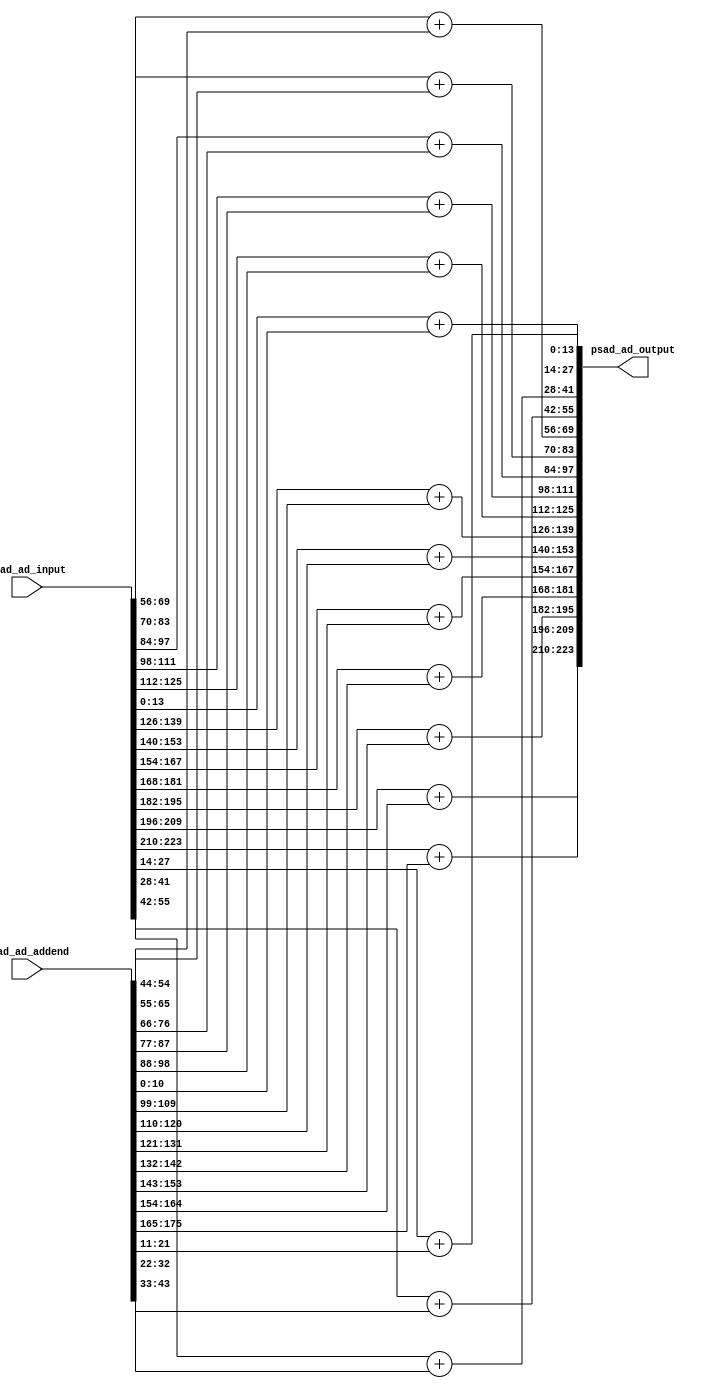
// +FHDR-------------------------------------------------------------------
// FILE NAME:
// TYPE:
// DEPARTMENT:
// AUTHOR:
// AUTHOR'S EMAIL:
// ------------------------------------------------------------------------
// KEYWORDS:
// ------------------------------------------------------------------------
// PARAMETERS
//
// ------------------------------------------------------------------------
// REUSE ISSUES
// Reset Strategy:
// Clock Domains:
// Critical Timing:
// Test Features:
// Asynchronous I/F:
// Scan Methodology:
// Instantiations:
// -FHDR-------------------------------------------------------------------

module A #(
    parameter PIXELS_IN_BATCH  = 16,
    parameter PSAD_BIT_DEPTH   = 14,
    parameter ADDEND_BIT_DEPTH = 11
) (
    input      [  PIXELS_IN_BATCH*PSAD_BIT_DEPTH-1:0] psad_ad_input ,
    input      [PIXELS_IN_BATCH*ADDEND_BIT_DEPTH-1:0] psad_ad_addend,
    output reg [  PIXELS_IN_BATCH*PSAD_BIT_DEPTH-1:0] psad_ad_output
);


    genvar i;
    generate
        for (i = 0;i < PIXELS_IN_BATCH;i = i + 1)
            begin
                always @(*)
                    begin
                        psad_ad_output[(i+1)*PSAD_BIT_DEPTH-1:i*PSAD_BIT_DEPTH]
                            = psad_ad_input[(i+1)*PSAD_BIT_DEPTH-1:i*PSAD_BIT_DEPTH]+psad_ad_addend[(i+1)*ADDEND_BIT_DEPTH-1:i*ADDEND_BIT_DEPTH];
                    end
                end
        endgenerate
    endmodule